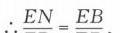
\(EN = EB\)